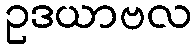
ဥဒယာဗလ